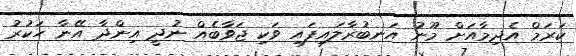
ކަރަމް އެދިމާއަށް މޫނު އަނބުރާލައިފައި ވަކި ޖަވާބެއް ނުދީ އިންދާ އޭނާ ހަކުރު